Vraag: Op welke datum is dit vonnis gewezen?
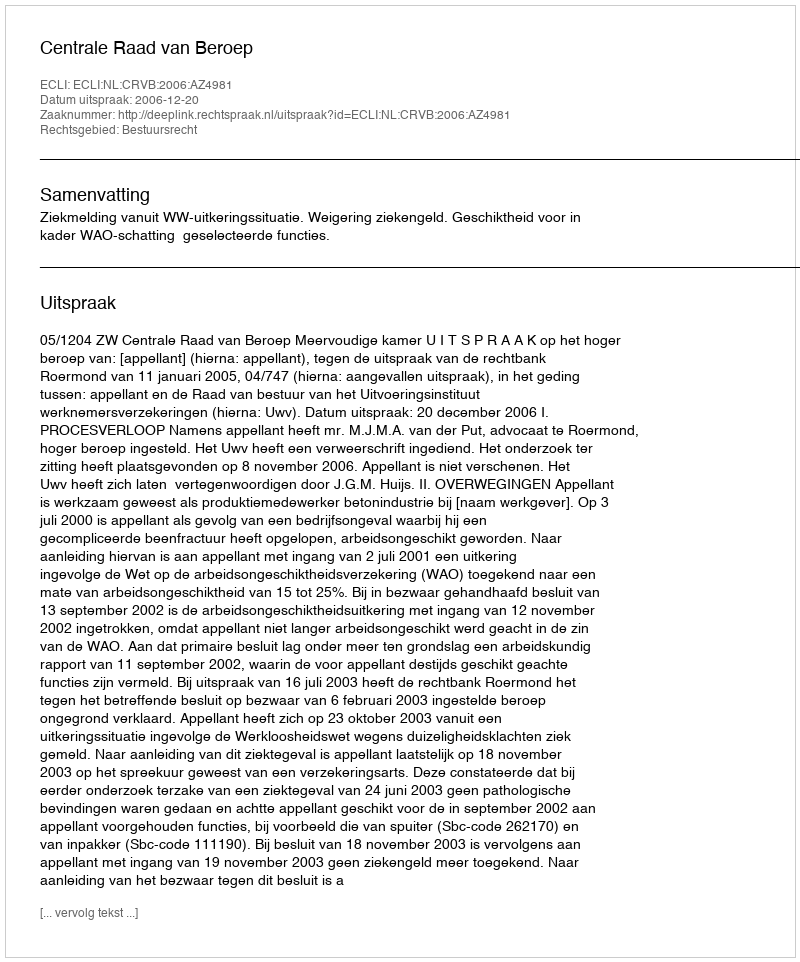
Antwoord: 2006-12-20